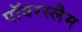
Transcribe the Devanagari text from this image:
पॉवरस्लैम